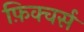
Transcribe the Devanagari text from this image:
फ़िक्चर्स